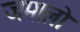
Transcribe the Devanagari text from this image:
जमालो